Vaccination in the Punjab 1905-1918 - 1905-1918
Year: 1905
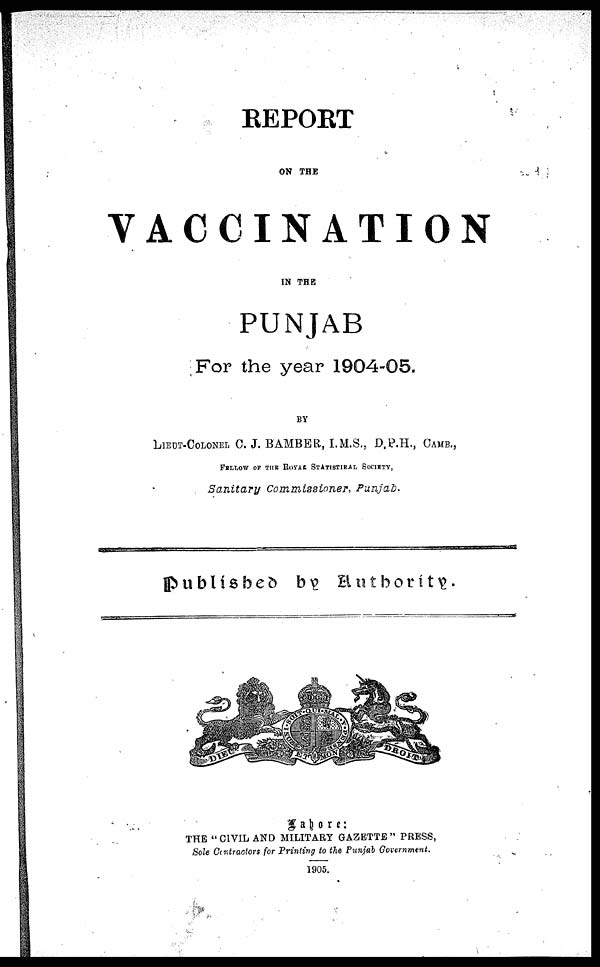
REPORT
ON THE
VACCINATION
IN THE
PUNJAB
For the year 1904-05.
BY
LIEUT-COLONEI C. J. BAMBBR, I.M.S., D.P.H., CAMB. ,
FELLOW OF THE ROYAL STATISTIEAL SOCIETY,
Sanitary Commissioner, Punjab.
published by Authority.
Lahore:
THE " CIVIL AND MILITARY GAZETTE " PRESS,
Sole Contractors for Printing to the Punjab Government.
1905.